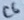
Text: C6